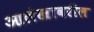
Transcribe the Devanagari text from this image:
आलेखावरील